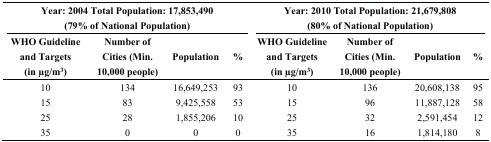
| <COLSPAN=4> Year: 2004 Total Population: 17,853,490 (79% of National Population) | <COLSPAN=4> Year: 2010 Total Population: 21,679,808 (80% of National Population) |
 | WHO Guideline and Targets (in μg/m3) | Number of Cities (Min. 10,000 people) | Population | % | WHO Guideline and Targets (in μg/m3) | Number of Cities (Min. 10,000 people) | Population | % |
 | --- | --- | --- | --- | --- | --- | --- | --- |
 | 10 | 134 | 16,649,253 | 93 | 10 | 136 | 20,608,138 | 95 |
 | 15 | 83 | 9,425,558 | 53 | 15 | 96 | 11,887,128 | 58 |
 | 25 | 28 | 1,855,206 | 10 | 25 | 32 | 2,591,454 | 12 |
 | 35 | 0 | 0 | 0 | 35 | 16 | 1,814,180 | 8 |